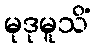
မုဒုမူသိံ